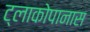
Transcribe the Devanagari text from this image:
ट्लाकोपानास